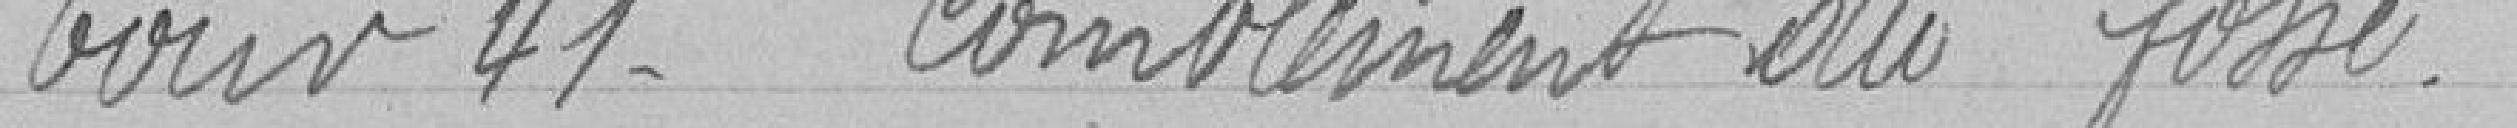
Gouvernement 41 Comblement du fossé.